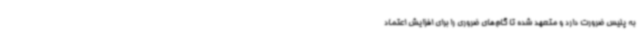
به پلیس ضرورت دارد و متعهد شده تا گام‌های ضروری را برای افزایش اعتماد